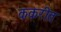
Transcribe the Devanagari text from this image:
ककरीत